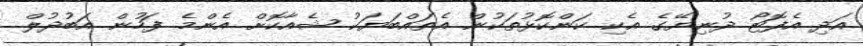
އަދި އެފޮޓޯ ދުނިޔޭގެ އެކި ކަންކޮޅުތަކުން އެތައްބަޔަކު ޝެއާކޮށް އެންމެ ފަހުން އަބުދުލް